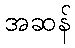
အဆန်